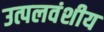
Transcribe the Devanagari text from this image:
उत्पलवंशीय